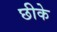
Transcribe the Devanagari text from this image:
छीके